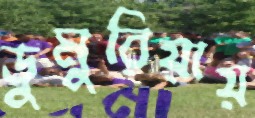
ডুমুরিয়ায়